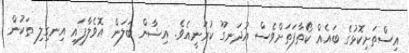
އިސްތަށިކޮޅުގެ ބައެއް ކޯތާފަތަށްވެސް އުދަނގޫ ކުރަނީއެވެ. އިޝާން ބަލަން އޮވެލާފައި އިނގިލި ތަކުން